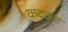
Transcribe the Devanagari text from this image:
कदवुल